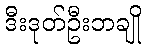
ဒီးဒုတ်ဦးဘချို